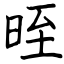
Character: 晊